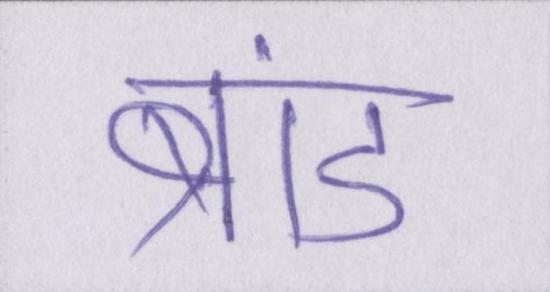
ब्रांड